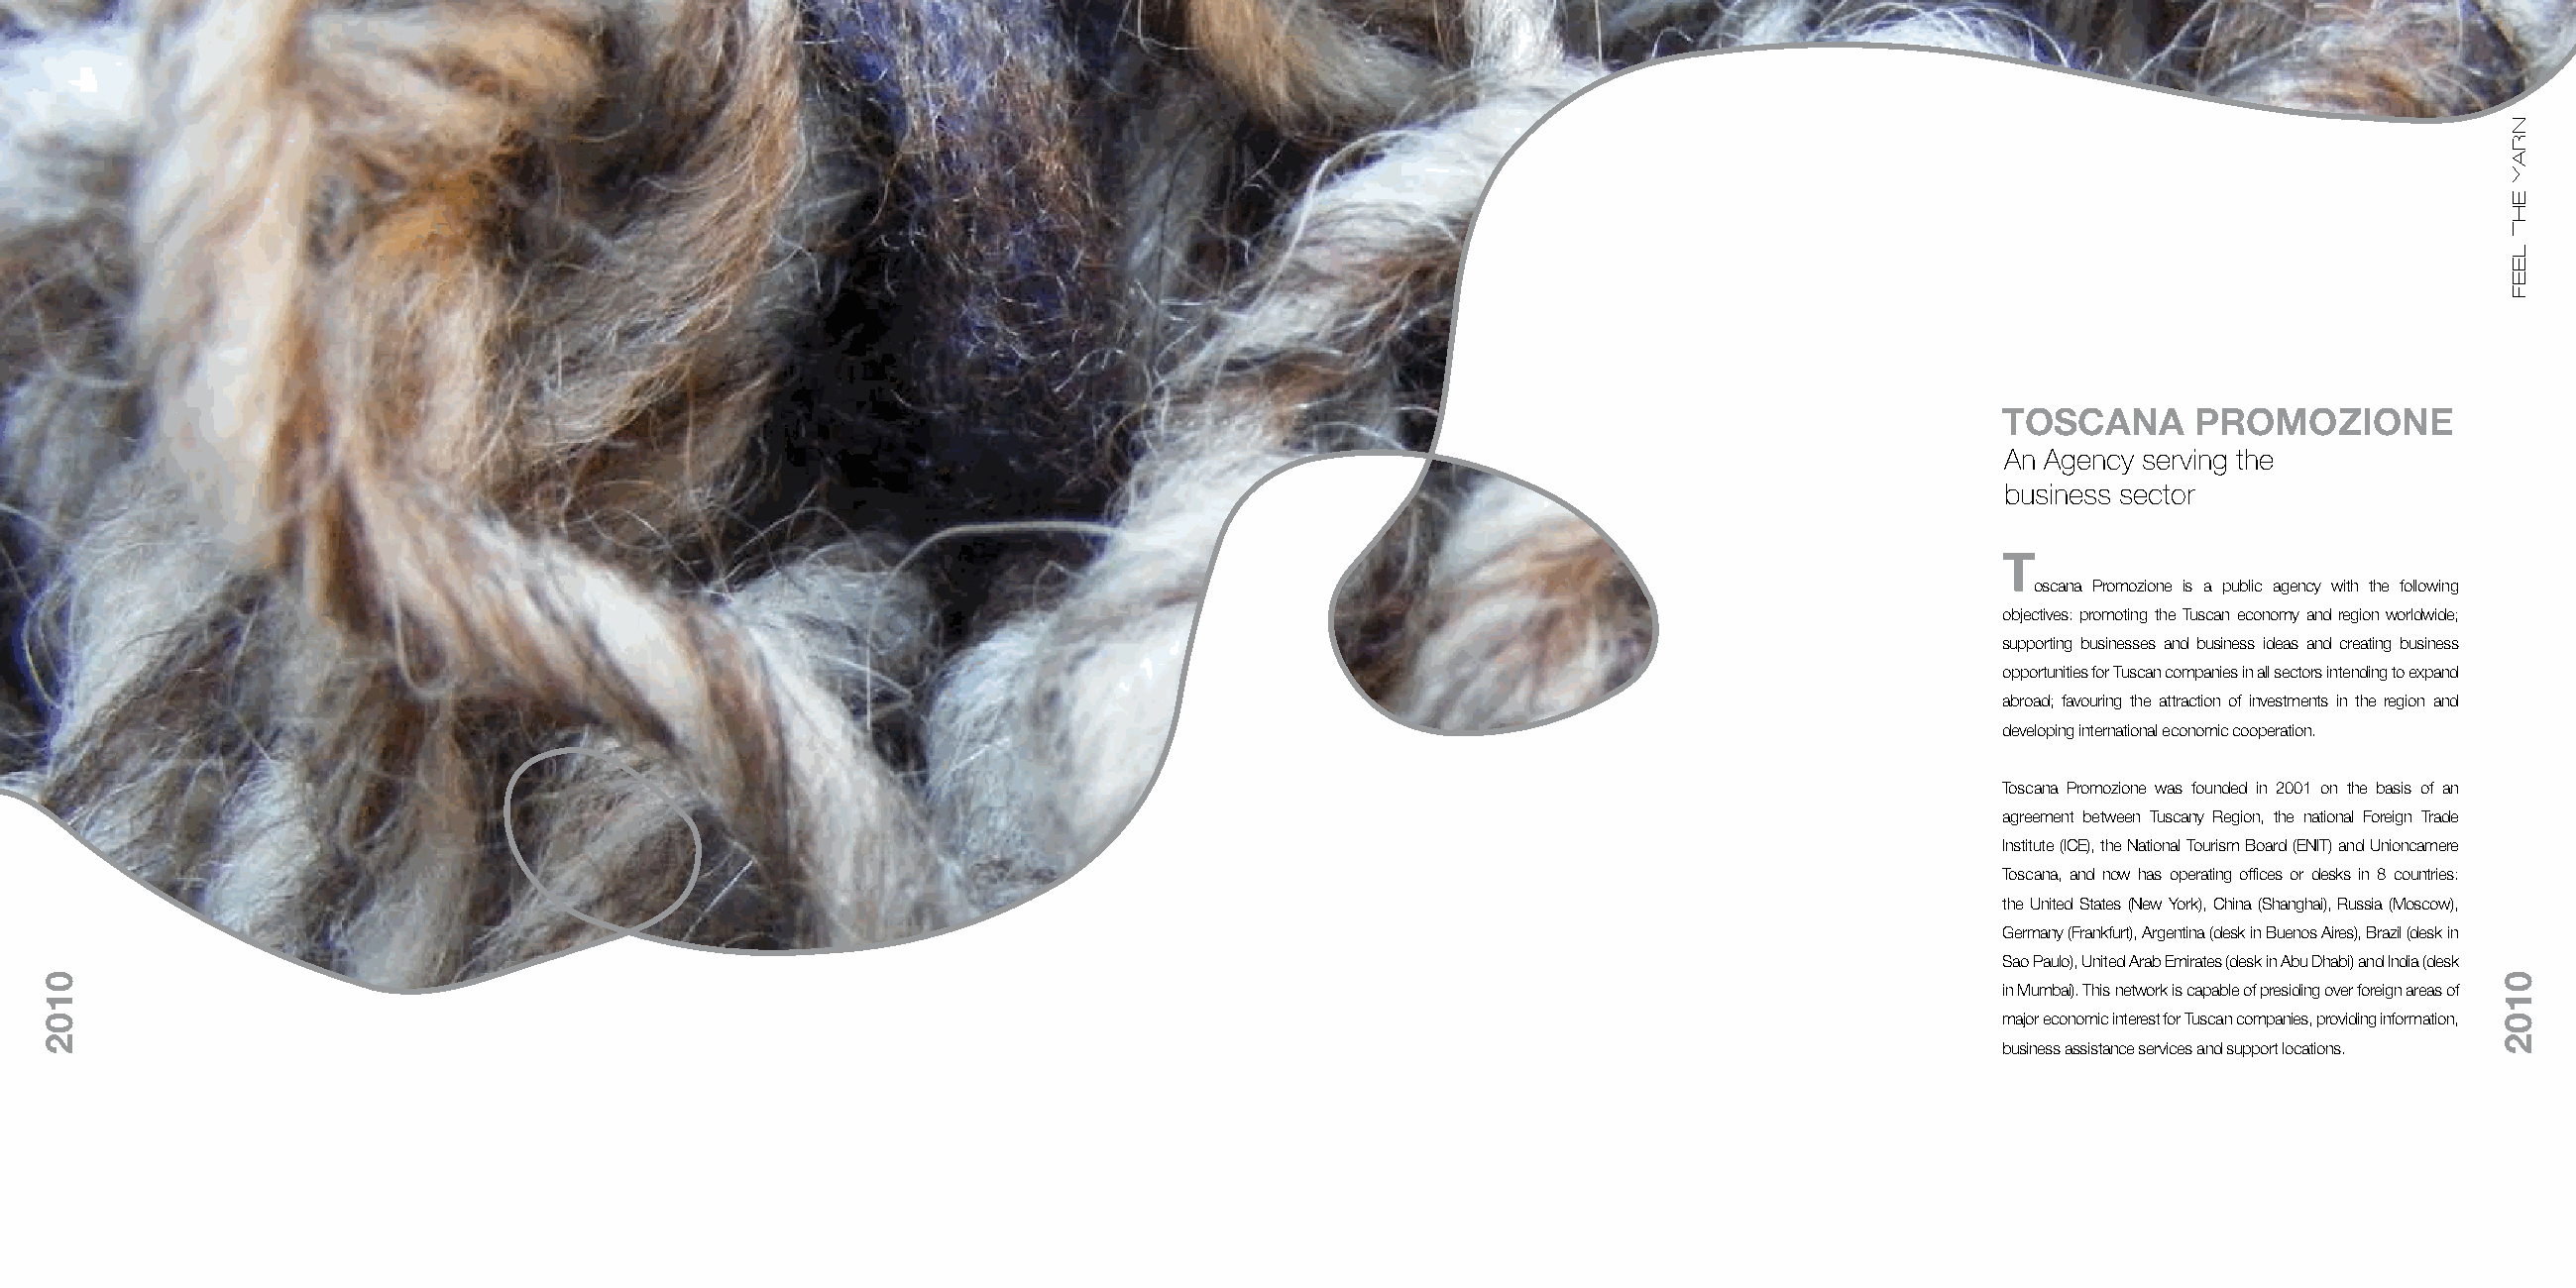
TOSCANA      PROMOZIONE
 An Agency serving the
 business sector
 T
 oscana Promozione is a public agency with the following
 objectives: promoting the Tuscan economy and region worldwide;
 supporting businesses and business ideas and creating business
 opportunities for Tuscan companies in all sectors intending to expand
 abroad; favouring the attraction of investments in the region and
 developing international economic cooperation.
 Toscana Promozione was founded in 2001 on the basis of an
 agreement between Tuscany Region, the national Foreign Trade
 Institute (ICE), the National Tourism Board (ENIT) and Unioncamere
 Toscana, and now has operating offices or desks in 8 countries:
 the United States (New York), China (Shanghai), Russia (Moscow),
 Germany (Frankfurt), Argentina (desk in Buenos Aires), Brazil (desk in
 Sao Paulo), United Arab Emirates (desk in Abu Dhabi) and India (desk
 in Mumbai). This network is capable of presiding over foreign areas of
 major economic interest for Tuscan companies, providing information,
 business assistance services and support locations.
 NRAY
 EHT
 LEEF
 0102
 NRAY
 EHT
 LEEF
 NRAY
 EHT
 LEEF
 0102